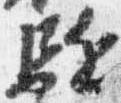
駈